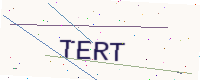
Text: TERT